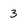
Character: 3